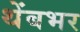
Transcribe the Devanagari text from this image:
थेंबभर